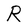
Character: R